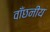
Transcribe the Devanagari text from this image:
वाँछनीय